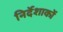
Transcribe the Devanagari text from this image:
निर्देशाकों